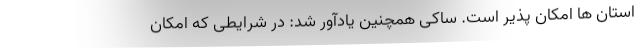
استان ها امکان پذیر است. ساکی همچنین یادآور شد: در شرایطی که امکان